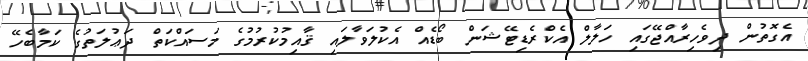
އެގޮތުން ދިވެހިރާއްޖޭގައި ހަލާލް އެކްރެޑިޓޭޝަން ބޯޑެއް އެކުލަވާލައި ޤާއިމުކުރުމުގެ މަސައްކަތް ދަޢުލަތުގެ ކަމާބެހޭ